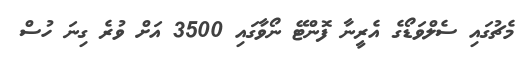
މެޗުގައި ސެލްވަޑޯގެ އެރީނާ ފޮންޓޭ ނޯވާގައި 3500 އަށް ވުރެ ގިނަ ހުސް